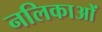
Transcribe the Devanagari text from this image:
नलिकाआें